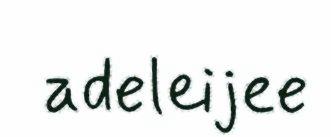
adeleijee